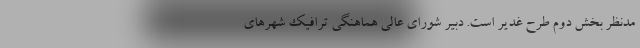
مدنظر بخش دوم طرح غدیر است. دبیر شورای عالی هماهنگی ترافیک شهرهای